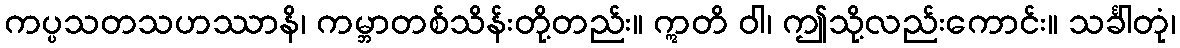
ကပ္ပသတသဟဿာနိ၊ ကမ္ဘာတစ်သိန်းတို့တည်း။ ဣတိ ဝါ၊ ဤသို့လည်းကောင်း။ သင်္ခါတုံ၊